Vaccination North-Western Provinces and Oudh 1878-1895 - 1878-1895
Year: 1878
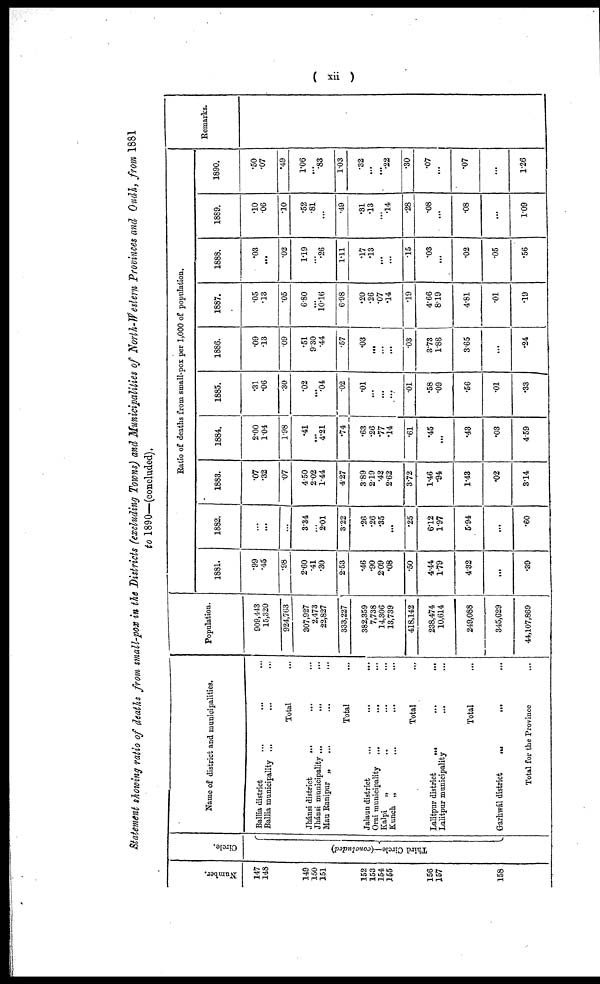
( xii )
Statement showing ratio of deaths from small-pox in the Districts (excluding Towns) and Municipalities of North-Western Provinces and Oudh, from 1881
to 1890—(concluded).
Number.
147
148
149
150
151
152
153
154
155
156
157
158
Circle.
Third Circle—(concluded)
Name of district and municipalities.
Ballia district
...
...
...
Ballia municipality ... ... ...
Total ...
Jhánsi district ... ... ...
Jhánsi municipality ... ... ...
Mau Ranipur ... ... ...
Total ...
Jalaun district ... ... ...
Orai municipality
...
...
...
Kalpi
„
...
...
...
Kunch
„
...
...
...
Total ...
Lalitpur district
...
...
...
Lalitpur municipality ... ... ...
Total ...
Garhwál district
...
...
...
Total for the Province ...
Population.
909,443
15,320
924,763
307,927
2,473
22,827
333,227
382,359
7,738
14,306
13,739
418,142
238,474
10,614
249,088
345,629
44,107,869
Ratio of deaths from small-pox per 1,000 of population.
1881.
.99
.45
.98
2.60
.41
.30
2.53
.46
.90
2.09
.08
.50
4.44
1.79
4.32
...
.39
1882.
...
...
...
3.34
...
2.01
3.22
.26
.26
.35
...
.25
6.12
1.97
5.94
...
.60
1883.
.07
.32
.07
4.50
2.02
1.44
4.27
3.89
2.19
.42
2.62
3.72
1.46
.94
1.43
.02
3.14
1884.
2.00
1.04
1.98
.41
...
4.21
.74
.63
.26
.77
.14
.61
.45
...
.43
.03
4.59
1885.
.31
.06
.30
.02
...
.04
.02
.01
...
...
...
.01
.58
.09
.56
.01
.33
1886.
.09
.13
.09
.51
9.30
.44
.57
.03
...
... ...
.03
3.73
1.88
3.65
...
.24
1887
.05
.13
.05
6.80
...
10.16
6.98
.20
.26
.07
.14
.19
4.66
8.19
4.81
.01
.19
1888.
.03
...
.02
1.19
...
.26
1.11
.17
.13
... ...
.15
.03
...
.02
.05
.56
1889.
.10
.06
.10
.52
.81
...
.49
.31
.13
... .14
.28
.08
...
.08
...
1.09
1890.
.50
.07
.49
1.06
...
.83
1.03
.32
...
...
.22
.30
.07
...
.07
...
1.26
Remarks.